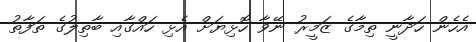
އެހެން ހަދާނީ ތިމާގެ ޒަމީރު ނޭވާ ހޮޅިޔަށް އެޅި ހައްގާއި ބާތިލުގެ ތަފާތު